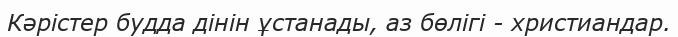
Кәрістер будда дінін ұстанады, аз бөлігі - христиандар.